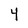
Character: 4